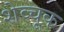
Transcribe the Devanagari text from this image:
शेव्चूक